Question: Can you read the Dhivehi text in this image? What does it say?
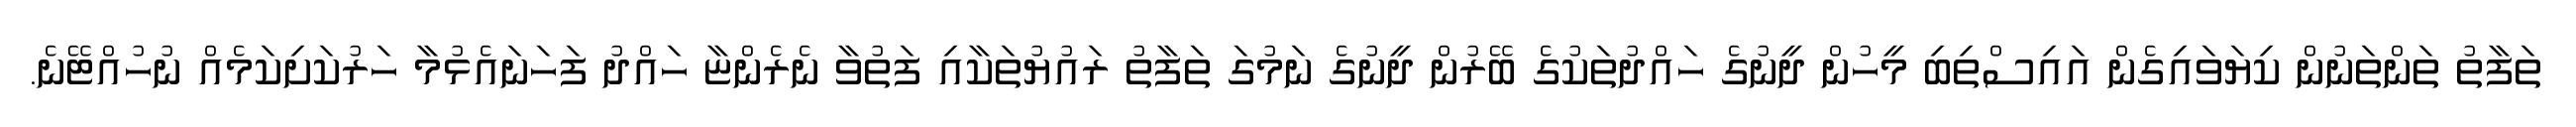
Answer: ތަފާތު ތަންތަނުން ކިޔަވައިގެން އައިސްތިބި މީހުން ދީނުގެ ހައްދުތަކުގެ ބޭރުން ދީނުގެ ނަމުގަ ތަފާތު ރައުޔުތަކާއި ފަތުވާ ނެރެންޏާ ހައްދު ފަހަނައެޅުމާ ހަރުކަށިކަމެއް ނުހުއްޓޭނެ.